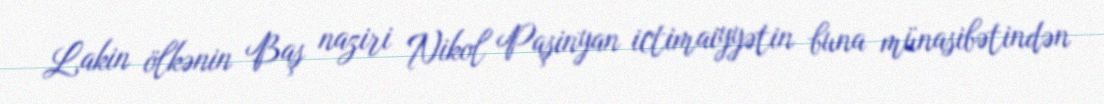
Lakin ölkənin Baş naziri Nikol Paşinyan ictimaiyyətin buna münasibətindən